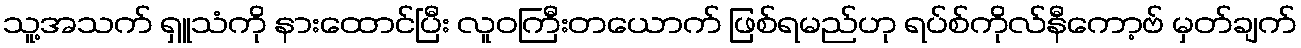
သူ့အသက် ရှူသံကို နားထောင်ပြီး လူဝကြီးတယောက် ဖြစ်ရမည်ဟု ရပ်စ်ကိုလ်နီကော့ဗ် မှတ်ချက်